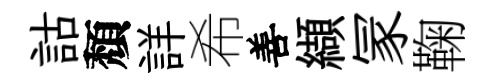
詁頽詳希善纈冡鞠